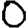
Digit: 0